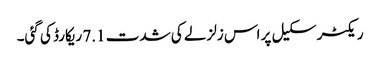
ریکٹر سکیل پر اس زلزلے کی شدت 7.1 ریکارڈ کی گئی۔